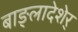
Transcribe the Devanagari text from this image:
बाङ्लादेशेर्